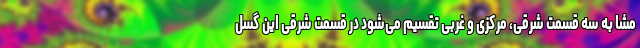
مشا به سه قسمت شرقی، مرکزی و غربی تقسیم می‌شود در قسمت شرقی این گسل